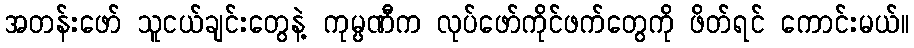
အတန်းဖော် သူငယ်ချင်းတွေနဲ့ ကုမ္ပဏီက လုပ်ဖော်ကိုင်ဖက်တွေကို ဖိတ်ရင် ကောင်းမယ်။